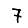
Digit: 7